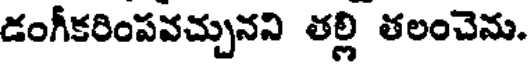
డంగీకరింపవచ్చునని తల్లి తలంచెను.